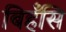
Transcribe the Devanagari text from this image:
बिहँसि